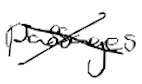
Text: passages
Cross-out: cross
Writing tool: digital_black